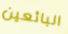
البائعين